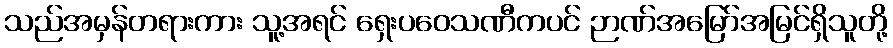
သည်အမှန်တရားကား သူ့အရင် ရှေးပဝေသဏီကပင် ဉာဏ်အမြော်အမြင်ရှိသူတို့